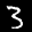
Label: 3